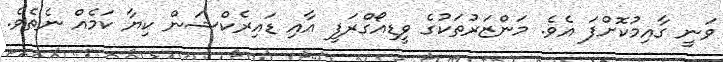
ވަނީ ގާއިމުކޮށްފަ އެވެ. މަންޒަރުތަކުގެ ވީޑިއޯގްރަފީ އާއި ޑައިރެކްޝަން ކިޔާ ކަމެއް ނެތެވެ.